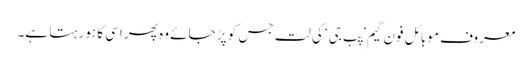
معروف موبائل فون گیم ’پب جی‘ کی لت جس کو پڑ جائے وہ پھر اسی کا ہو رہتا ہے۔